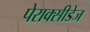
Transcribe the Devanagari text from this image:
पेराक्सीडेज